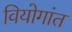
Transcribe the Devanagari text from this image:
वियोगांत